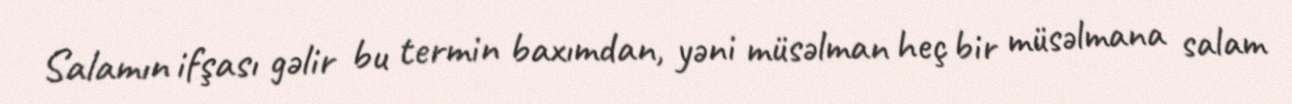
Salamın ifşası gəlir bu termin baxımdan, yəni müsəlman heç bir müsəlmana salam